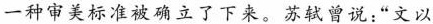
一种审美标准被确立了下来。-苏轼曾说“文以